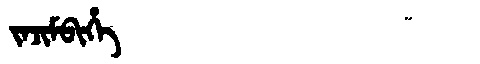
Manchu: ᠵᠠᠵᡳᠮᠪᡳᡥᡝ
Romanization: JAJIMBIHE